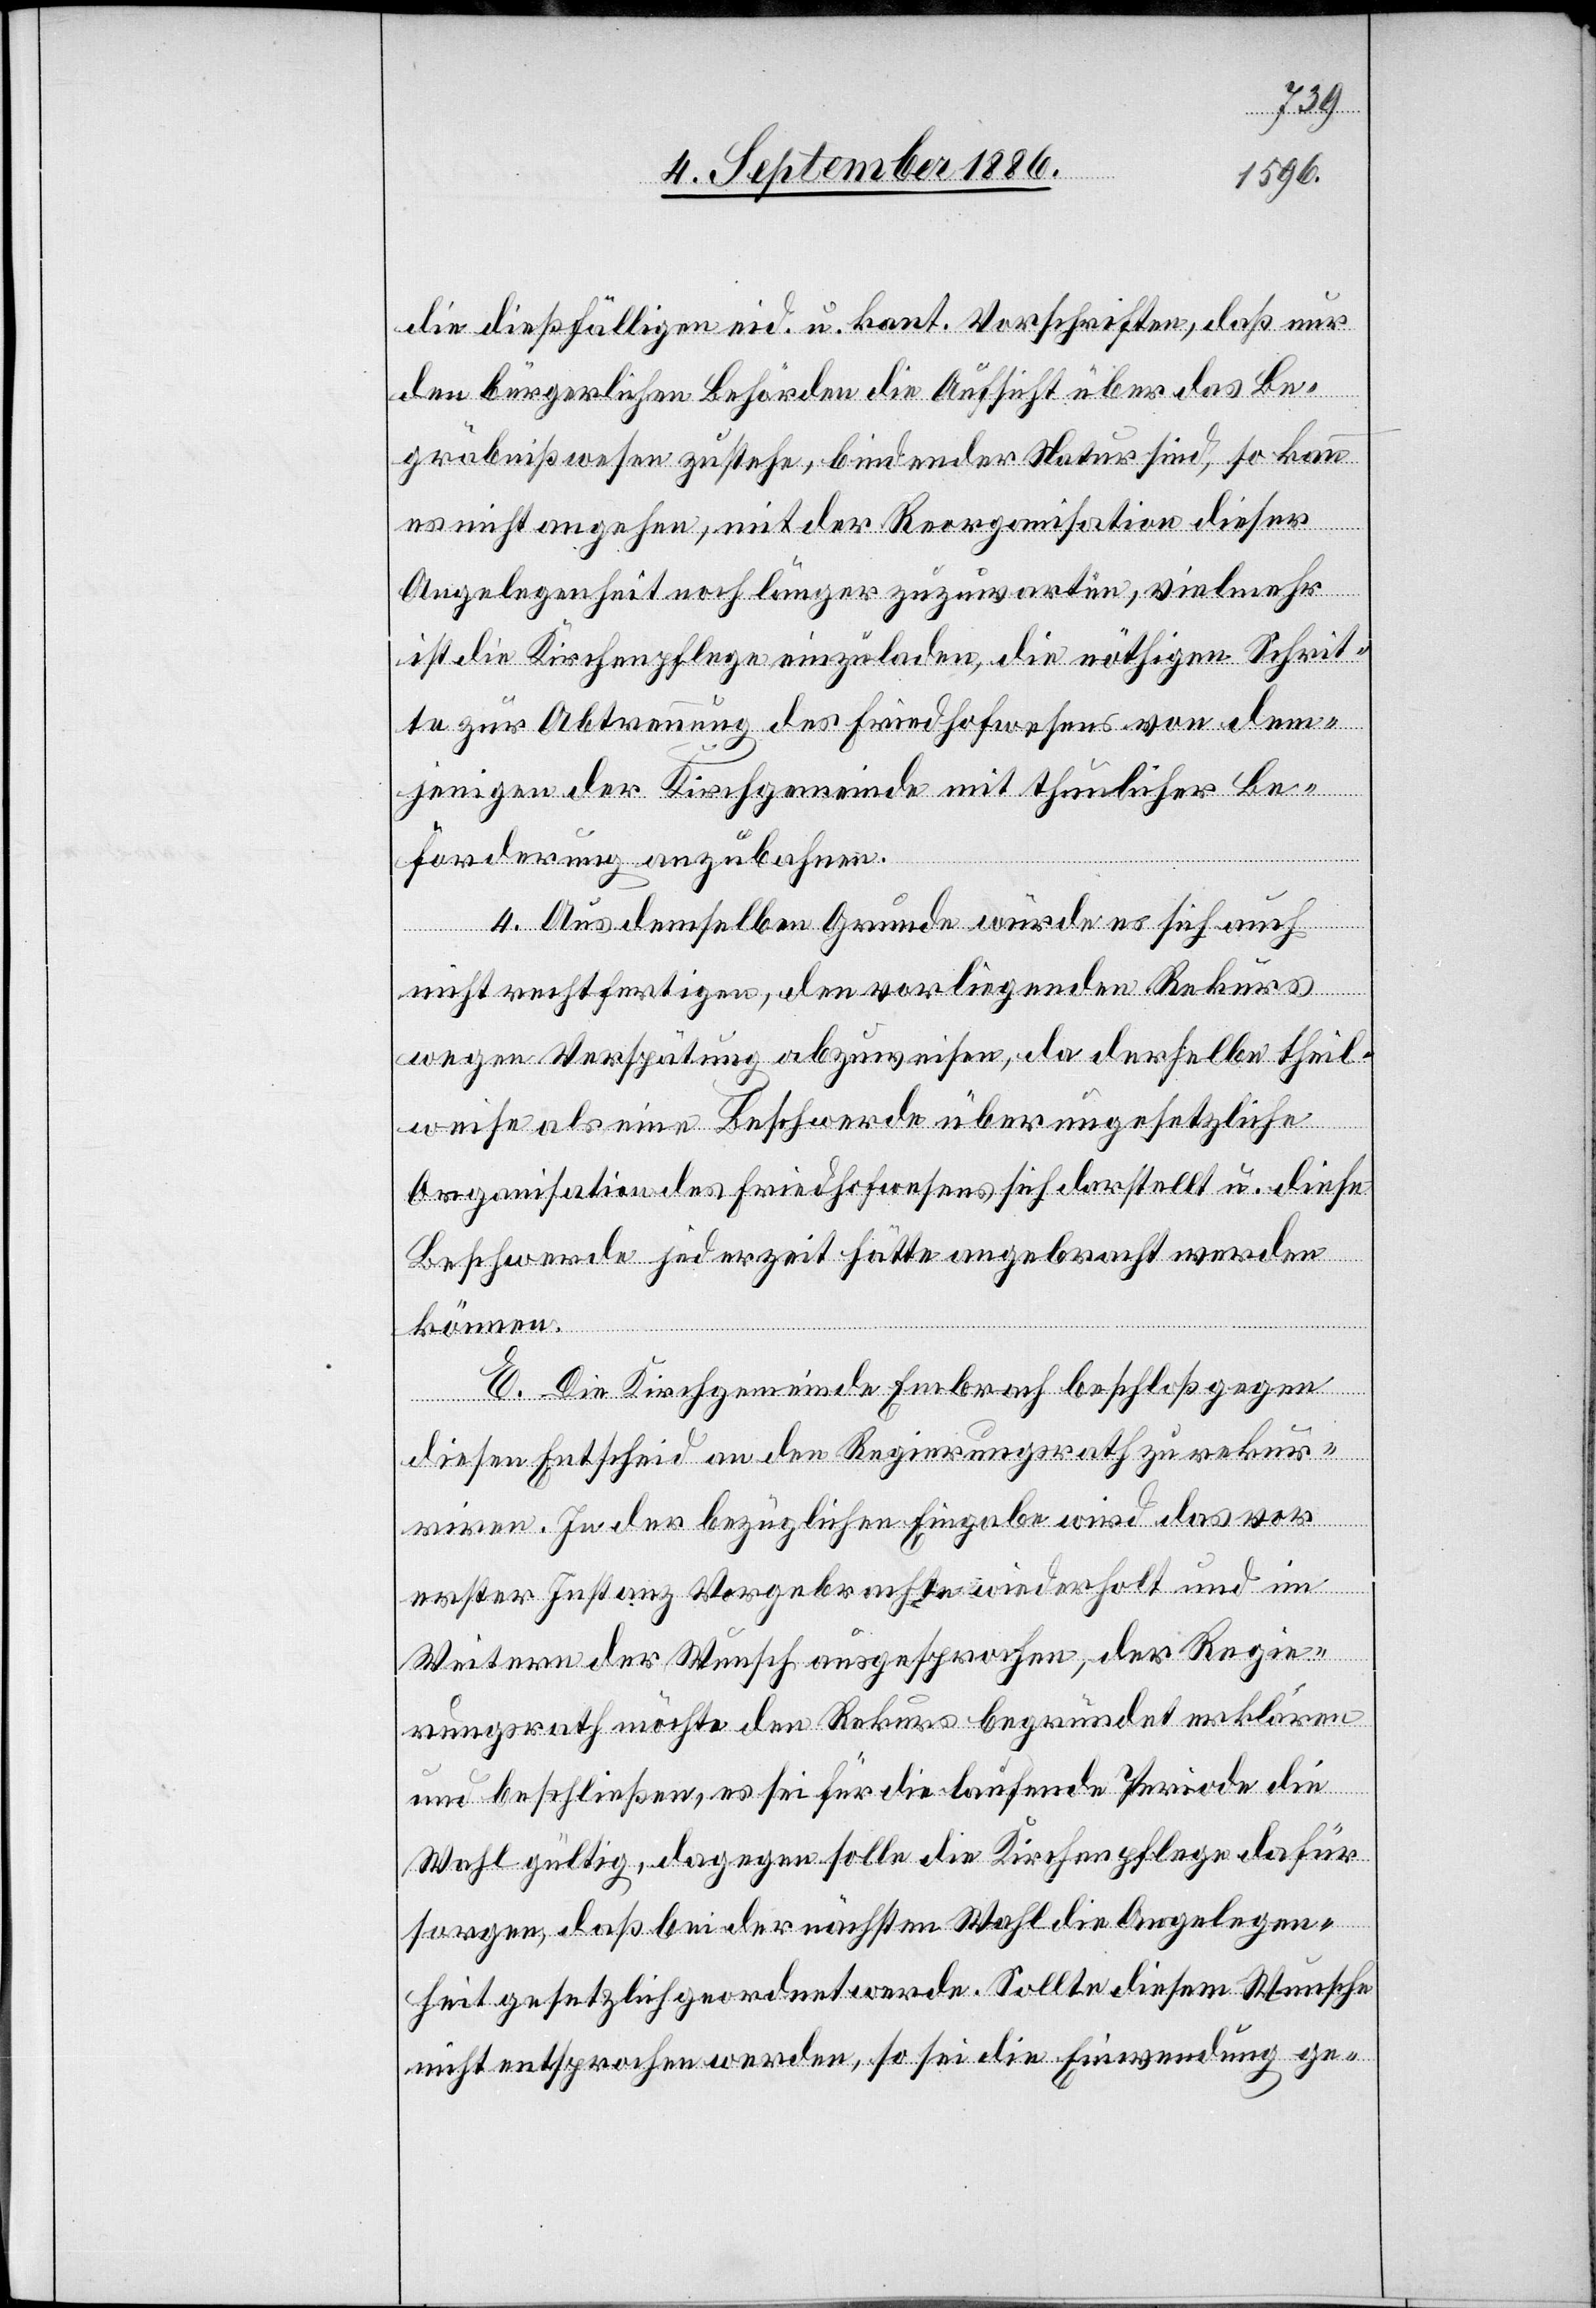
die dießfälligen eid. u. kant. Vorschriften, daß nur
den bürgerlichen Behörden die Aufsicht über das Be¬
gräbnißwesen zustehe, bindender Natur sind, so kann
es nicht angehen, mit der Reorganisation dieser
Angelegenheit noch länger zuzuwarten, vielmehr
ist die Kirchenpflege einzuladen, die nöthigen Schrit¬
te zur Abtrennung des Friedhofwesens von dem¬
jenigen der Kirchgemeinde mit thunlicher Be¬
förderung anzubahnen.
4. Aus demselben Grunde würde es sich auch
nicht rechtfertigen, den vorliegenden Rekurs
wegen Verspätung abzuweisen, da derselbe theil¬
weise als eine Beschwerde über ungesetzliche
Organisation des Friedhofwesens sich darstellt u. diese
Beschwerde jederzeit hätte angebracht werden
können.
E. Die Kirchgemeinde Embrach beschloß gegen
diesen Entscheid an den Regierungsrath zu rekur¬
riren. In der bezüglichen Eingabe wird das vor
erster Instanz Vorgebrachte wiederholt und im
Weitern der Wunsch ausgesprochen, der Regie¬
rungsrath möchte den Rekurs begründet erklären
u. beschließen, es sei für die laufende Periode die
Wahl gültig, dagegen solle die Kirchenpflege dafür
sorgen, daß bei der nächsten Wahl die Angelegen¬
heit gesetzlich geordnet werde. Sollte diesem Wunsche
nicht entsprochen werden, so sei die Einwendung ge-